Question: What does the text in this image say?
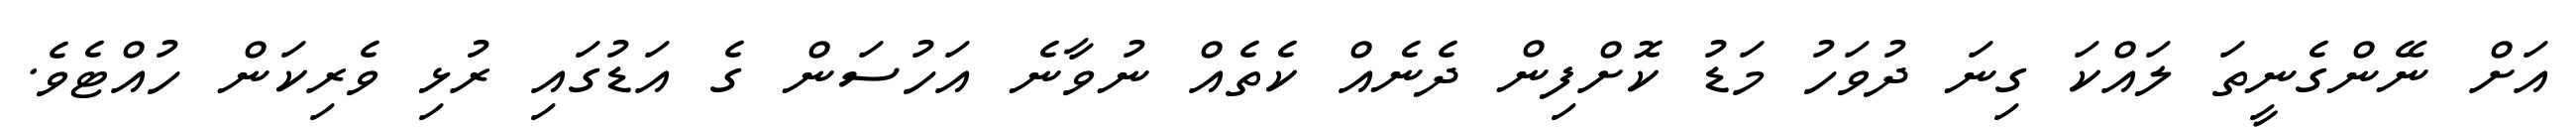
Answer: އަށް ނޭންގެނީތަ ލައްކަ ގިނަ ދުވަހު މަޑު ކޮށްފިން ދެނެއް ކެތެއް ނުވާނެ އަހުސަން ގެ އަޑުގައި ރުޅި ވެރިކަން ހުއްޓެވެ.